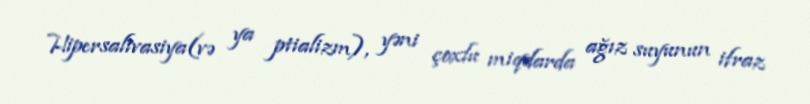
Hipersalivasiya(və ya ptializm), yəni çoxlu miqdarda ağız suyunun ifraz